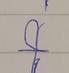
Signature authenticity: forged